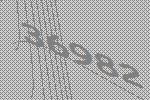
36982